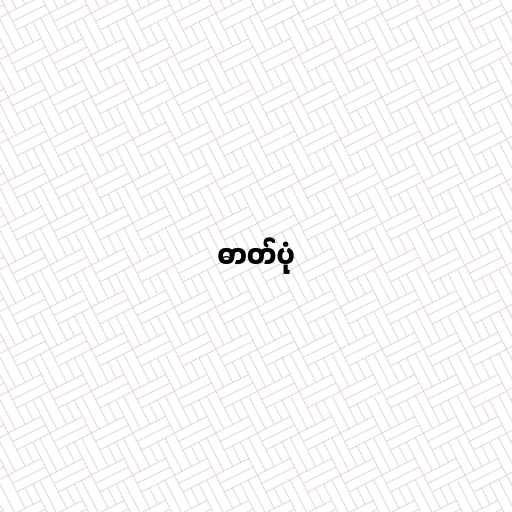
ဓာတ်ပုံ